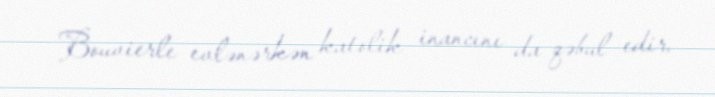
Bouvierle evlənərkən katolik inancını da qəbul edir.